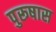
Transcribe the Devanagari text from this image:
पुरूषास